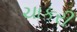
ચાકરી